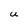
Character: U